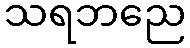
သရဘညေ